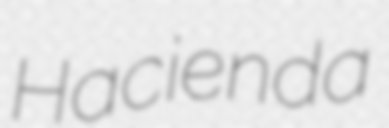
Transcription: Hacienda